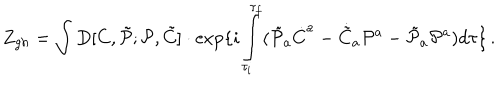
Z _ { g h } = \int D [ C , \tilde { \cal P } ; { \cal P } , \tilde { C } ] \cdot \exp \{ i \int _ { \tau _ { i } } ^ { \tau _ { f } } ( \tilde { \cal P } _ { a } \dot { C } ^ { a } - \dot { \tilde { C } } _ { a } { \cal P } ^ { a } - \tilde { \cal P } _ { a } { \cal P } ^ { a } ) d \tau \} \, .